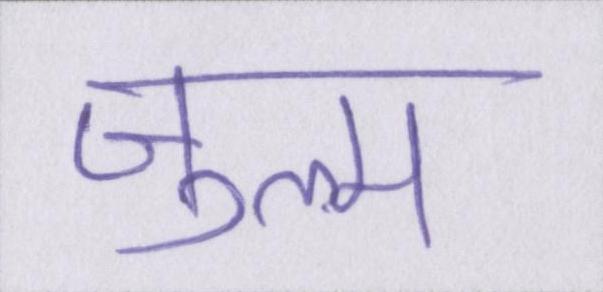
ज़ुल्म